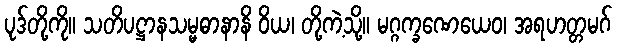
ပုဒ်တို့ကို။ သတိပဋ္ဌာနသမ္မဓာနာနိ ဝိယ၊ တို့ကဲ့သို့။ မဂ္ဂက္ခဏေယေဝ၊ အရဟတ္တမဂ်